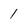
Character: 1